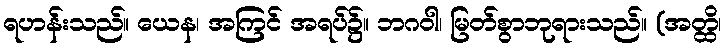
ရဟန်းသည်။ ယေန၊ အကြင် အရပ်၌။ ဘဂဝါ၊ မြတ်စွာဘုရားသည်။ (အတ္ထိ၊